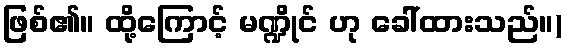
ဖြစ်၏။ ထို့ကြောင့် မဏ္ဍိုင် ဟု ခေါ်ထားသည်။)